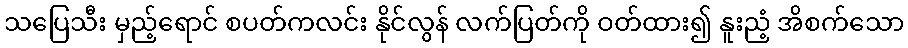
သပြေသီး မှည့်ရောင် စပတ်ကလင်း နိုင်လွန် လက်ပြတ်ကို ဝတ်ထား၍ နူးညံ့ အိစက်သော